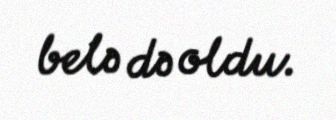
belə də oldu.